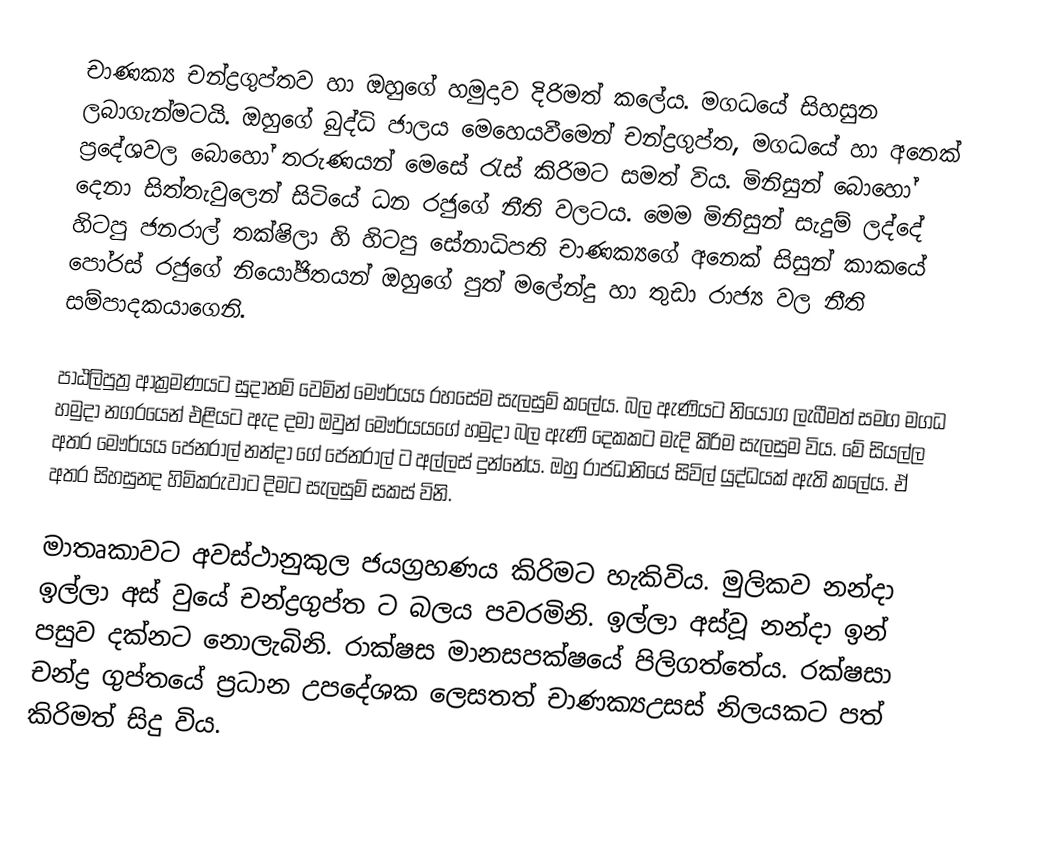
චාණක්‍ය චන්ද්‍රගුප්තව හා ඔහුගේ හමුදාව දිරිමත් කලේය. මගධයේ සිහසුන ලබාගැන්මටයි. ඔහුගේ බුද්ධි ජාලය මෙහෙයවීමෙන් චන්ද්‍රගුප්ත, මගධයේ හා අනෙක් ප්‍රදේශවල  බොහෝ තරුණයන් මෙසේ රැස් කිරිමට සමත් විය. මිනිසුන් බොහෝ දෙනා සිත්තැවුලෙන් සිටියේ ධන රජුගේ නීති වලටය. මෙම මිනිසුන් සැදුම් ලද්දේ ‍හිටපු ජනරාල් තක්ෂිලා හි හිටපු සේනාධිපති චාණක්‍යගේ අනෙක් සිසුන් කාකයේ පෝරස් රජුගේ නියෝජිතයන් ඔහු‍ගේ පුත් මලේන්දු හා තුඩා රාජ්‍ය වල නීති සම්පාදකයාගෙනි.

පාඨලිපුත්‍ර ආක්‍රමණයට සුදානම් වෙමින් මෞර්යය රහසේම සැලසුම් කලේය. බල ඇණියට නියෝග ලැබීමත් සමග මගධ හමුදා නගරයෙන් එළියට ඇද දමා ඔවුන් මෞර්යයගේ හමුදා බල ඇණි දෙකකට මැදි කිරිම සැලසුම විය. මේ සියල්ල අතර මෞර්යය ජෙනරාල් නන්දා ගේ ජෙනරාල් ට අල්ලස් දුන්නේය. ඔහු රාජධානියේ සිවිල් යුද්ධයක් ඇති කලේය. ඒ අතර සිහසුනද හිමිකරුවාට  දිමට සැලසුම් සකස් විනි.

මාතෘකාවට අවස්ථානුකුල ජයග්‍රහණය කිරිමට හැකිවිය. මුලිකව නන්දා ඉල්ලා අස් වුයේ චන්ද්‍රගුප්ත ට බලය පවරමිනි. ඉල්ලා අස්වූ නන්දා ඉන් පසුව දක්නට නොලැබිනි. රාක්ෂස මානසපක්ෂයේ පිලිගත්තේය. රක්ෂසා චන්ද්‍ර ගුප්තයේ ප්‍රධාන උපදේශක ලෙසතත් චාණක්‍යඋසස් නිලයකට පත් කිරිමත් සිදු විය.